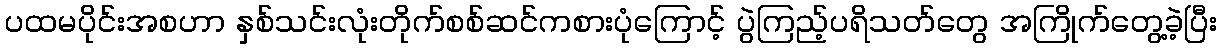
ပထမပိုင်းအစဟာ နှစ်သင်းလုံးတိုက်စစ်ဆင်ကစားပုံကြောင့် ပွဲကြည့်ပရိသတ်တွေ အကြိုက်တွေ့ခဲ့ပြီး